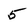
Character: 5